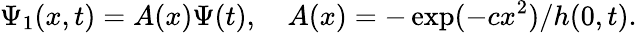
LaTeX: \Psi_{1}(x,t)=A(x)\Psi(t),\quad A(x)=-\exp(-cx^{2})/h(0,t).